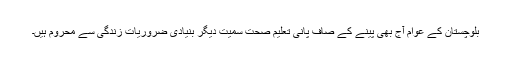
بلوچستان کے عوام آج بھی پینے کے صاف پانی تعلیم صحت سمیت دیگر بنیادی ضروریات زندگی سے محروم ہیں۔